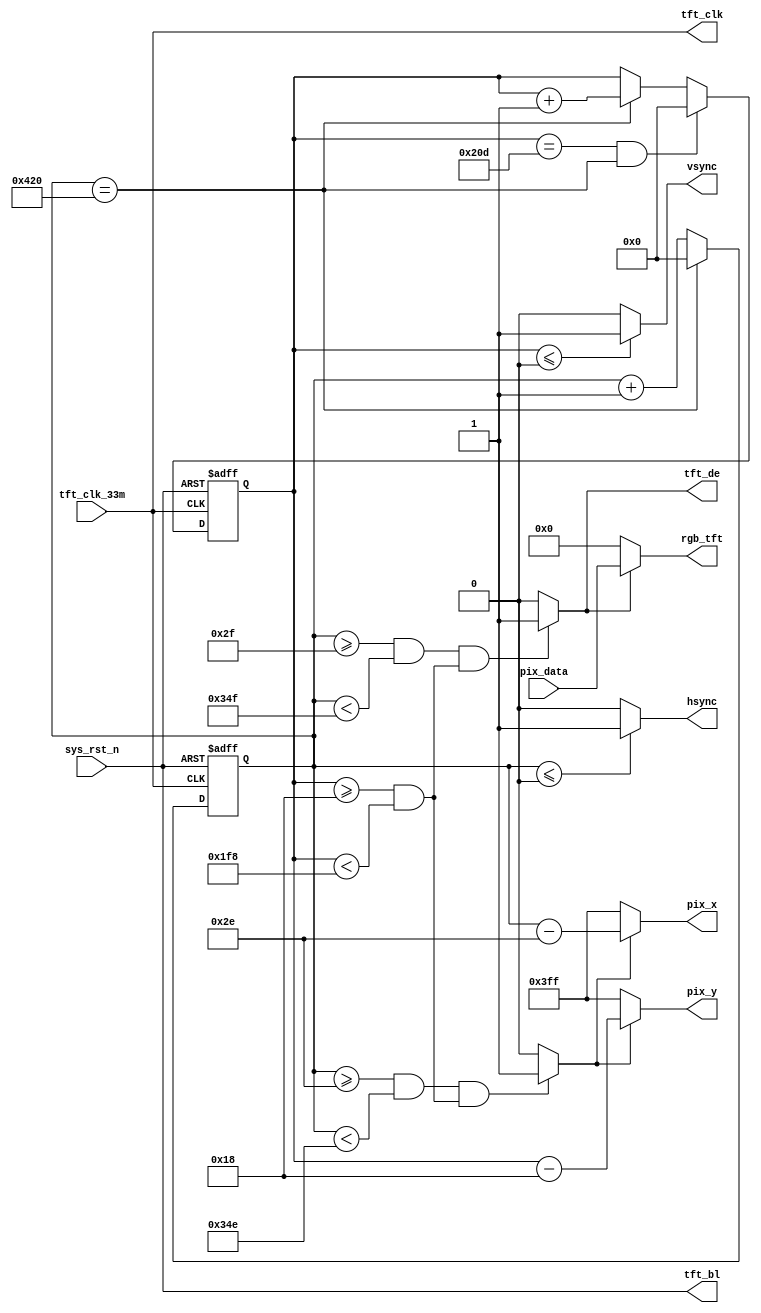
`timescale  1ns/1ns
//=================================================================================
//  Author       la
//  Project name Gas Sensor on FPGA
//  Module Name  : tft_ctrl
//  Created Time 2022.5.11
//  Description  TFT_LCD
//=================================================================================
module  tft_ctrl
(
    input   wire            tft_clk_33m  ,   //,33MHz
    input   wire            sys_rst_n    ,   //,
    input   wire    [23:0]  pix_data     ,   //
 
    output  wire    [10:0]   pix_x       ,   //TFTX
    output  wire    [10:0]   pix_y       ,   //TFTY
    output  wire    [23:0]   rgb_tft     ,   //TFT
    output  wire             hsync       ,   //TFT
    output  wire             vsync       ,   //TFT
    output  wire             tft_clk     ,   //TFT
    output  wire             tft_de      ,   //TFT
    output  wire             tft_bl          //TFT

);

//--------------------------------------------------------------------------
//-------------------------------------------------------------
//--------------------------------------------------------------------------

//parameter define
parameter H_SYNC    =   11'd1            ,   //
          H_BACK    =   11'd46           ,   //
          H_VALID   =   11'd800          ,   //
          H_FRONT   =   11'd210          ,   //
          H_TOTAL   =   11'd1057         ;   //

parameter V_SYNC    =   11'd1            ,   //
          V_BACK    =   11'd23           ,   //
          V_VALID   =   11'd480          ,   //
          V_FRONT   =   11'd22           ,   //
          V_TOTAL   =   11'd526          ;   //

//wire  define      
wire            rgb_valid                ;   //VGA
wire            pix_data_req             ;   //
 
//reg   define 
reg     [10:0]   cnt_h                   ;   //
reg     [10:0]   cnt_v                   ;   //
 
//--------------------------------------------------------------------------
//---------------------------------Main Code--------------------------------
//--------------------------------------------------------------------------

//tft_clk,tft_de,tft_blTFT
assign  tft_clk = tft_clk_33m            ;
assign  tft_de  = rgb_valid              ;
assign  tft_bl  = sys_rst_n              ;

//cnt_h:
always@(posedge tft_clk_33m or  negedge sys_rst_n)
    if(sys_rst_n == 1'b0)
        cnt_h   <=  11'd0   ;
    else    if(cnt_h == H_TOTAL - 1'd1)
        cnt_h   <=  11'd0   ;
    else
        cnt_h   <=  cnt_h + 1'd1   ;

//hsync:
assign  hsync = (cnt_h  <=  H_SYNC - 1'd1) ? 1'b1 : 1'b0  ;

//cnt_v:
always@(posedge tft_clk_33m or  negedge sys_rst_n)
    if(sys_rst_n == 1'b0)
        cnt_v   <=  11'd0 ;
    else    if((cnt_v == V_TOTAL - 1'd1) &&  (cnt_h == H_TOTAL-1'd1))
        cnt_v   <=  11'd0 ;
    else    if(cnt_h == H_TOTAL - 1'd1)
        cnt_v   <=  cnt_v + 1'd1 ;
    else
        cnt_v   <=  cnt_v ;

//vsync:
assign  vsync = (cnt_v  <=  V_SYNC - 1'd1) ? 1'b1 : 1'b0  ;

//rgb_valid:VGA
assign  rgb_valid = (((cnt_h >= H_SYNC + H_BACK)
                    && (cnt_h < H_SYNC + H_BACK + H_VALID))
                    &&((cnt_v >= V_SYNC + V_BACK)
                    && (cnt_v < V_SYNC + V_BACK + V_VALID)))
                    ? 1'b1 : 1'b0;

//pix_data_req:,rgb_valid
assign  pix_data_req = (((cnt_h >= H_SYNC + H_BACK - 1'b1)
                    && (cnt_h < H_SYNC + H_BACK + H_VALID - 1'b1))
                    &&((cnt_v >= V_SYNC + V_BACK)
                    && (cnt_v < V_SYNC + V_BACK + V_VALID)))
                    ? 1'b1 : 1'b0;

//pix_x,pix_y:VGA
assign  pix_x = (pix_data_req == 1'b1)
                ? (cnt_h - (H_SYNC + H_BACK - 1'b1)) : 11'h3ff;
assign  pix_y = (pix_data_req == 1'b1)
                ? (cnt_v - (V_SYNC + V_BACK )) : 11'h3ff;

//rgb_tft:
assign  rgb_tft = (rgb_valid == 1'b1) ? pix_data : 24'b0 ;

endmodule